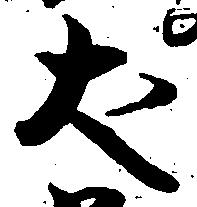
犬